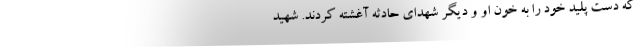
که دست پلید خود را به خون او و دیگر شهدای حادثه آغشته کردند. شهید